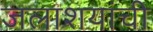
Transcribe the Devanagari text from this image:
जलाशयांची